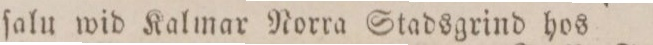
ſalu wid Kalmar Norra Stadsgrind hos